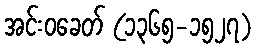
အင်းဝခေတ် (၁၃၆၅-၁၅၂၇)